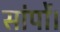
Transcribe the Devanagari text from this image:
सांपों।